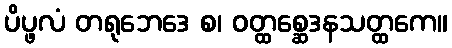
ပိပ္ဖလံ တရုဘေဒေ စ၊ ဝတ္ထစ္ဆေဒနသတ္ထကေ။